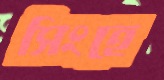
সিংহে